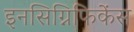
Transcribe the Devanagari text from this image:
इनसिग्निफिकेंस